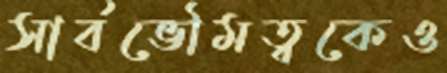
সার্বভৌমত্বকেও